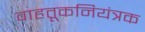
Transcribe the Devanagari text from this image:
वाहतूकनियंत्रक